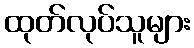
ထုတ်လုပ်သူများ